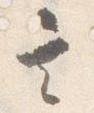
其